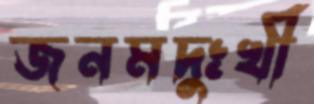
জনমদুঃখী